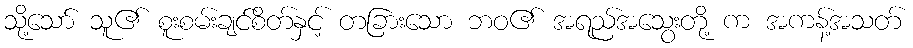
သို့သော် သူ၏ စူးစမ်းချင်စိတ်နှင့် တခြားသော ဘဝ၏ အရည်အသွေးတို့ က အကန့်အသတ်